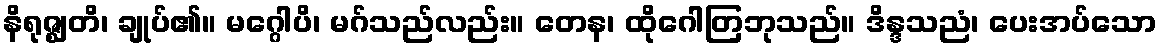
နိရုဇ္ဈတိ၊ ချုပ်၏။ မဂ္ဂေါပိ၊ မဂ်သည်လည်း။ တေန၊ ထိုဂေါတြဘုသည်။ ဒိန္ဒသညံ၊ ပေးအပ်သော